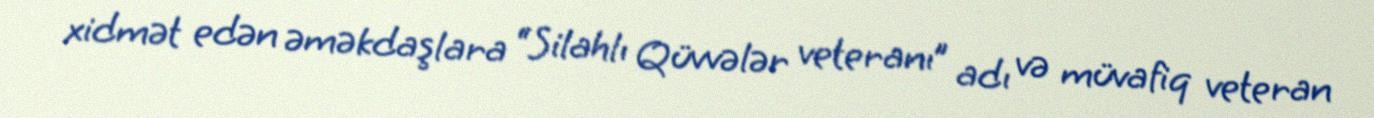
xidmət edən əməkdaşlara “Silahlı Qüvvələr veteranı” adı və müvafiq veteran